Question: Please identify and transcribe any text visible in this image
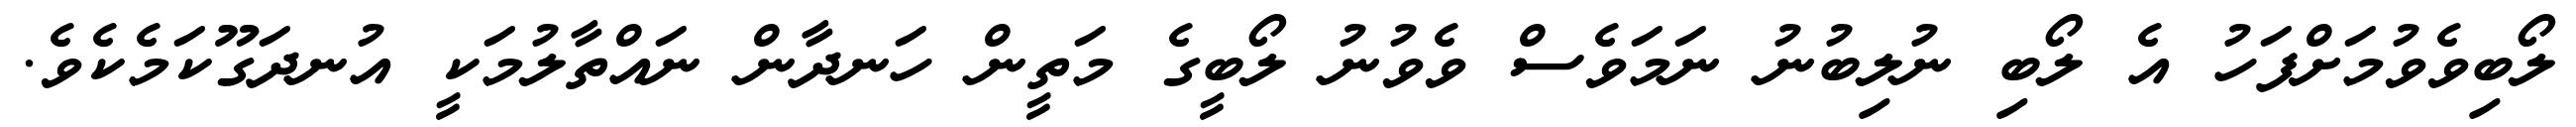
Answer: ލޯބިވެވުމަށްފަހު އެ ލޯބި ނުލިބުނު ނަމަވެސް ވެވުނު ލޯބީގެ މަތީން ހަނދާން ނައްތާލުމަކީ އުނދަގޫކަމެކެވެ.